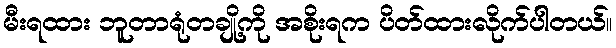
မီးရထား ဘူတာရုံတချို့ကို အစိုးရက ပိတ်ထားလိုက်ပါတယ်။